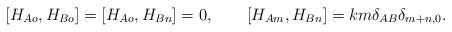
\begin{align*}[H_{Ao},H_{Bo}]=[H_{Ao},H_{Bn}]=0,\qquad[H_{Am},H_{Bn}]=km\delta_{AB}\delta_{m+n,0}.\end{align*}